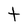
Character: t